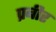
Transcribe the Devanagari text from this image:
प्रबीर